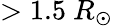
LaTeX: >1.5~R_{\odot}